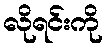
လိုရင်းကို